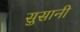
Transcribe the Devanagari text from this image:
सुसानी